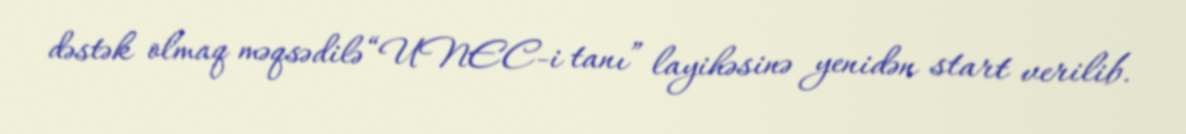
dəstək olmaq məqsədilə “UNEC-i tanı” layihəsinə yenidən start verilib.